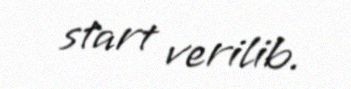
start verilib.